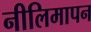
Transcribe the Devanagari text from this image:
नीलिमापन